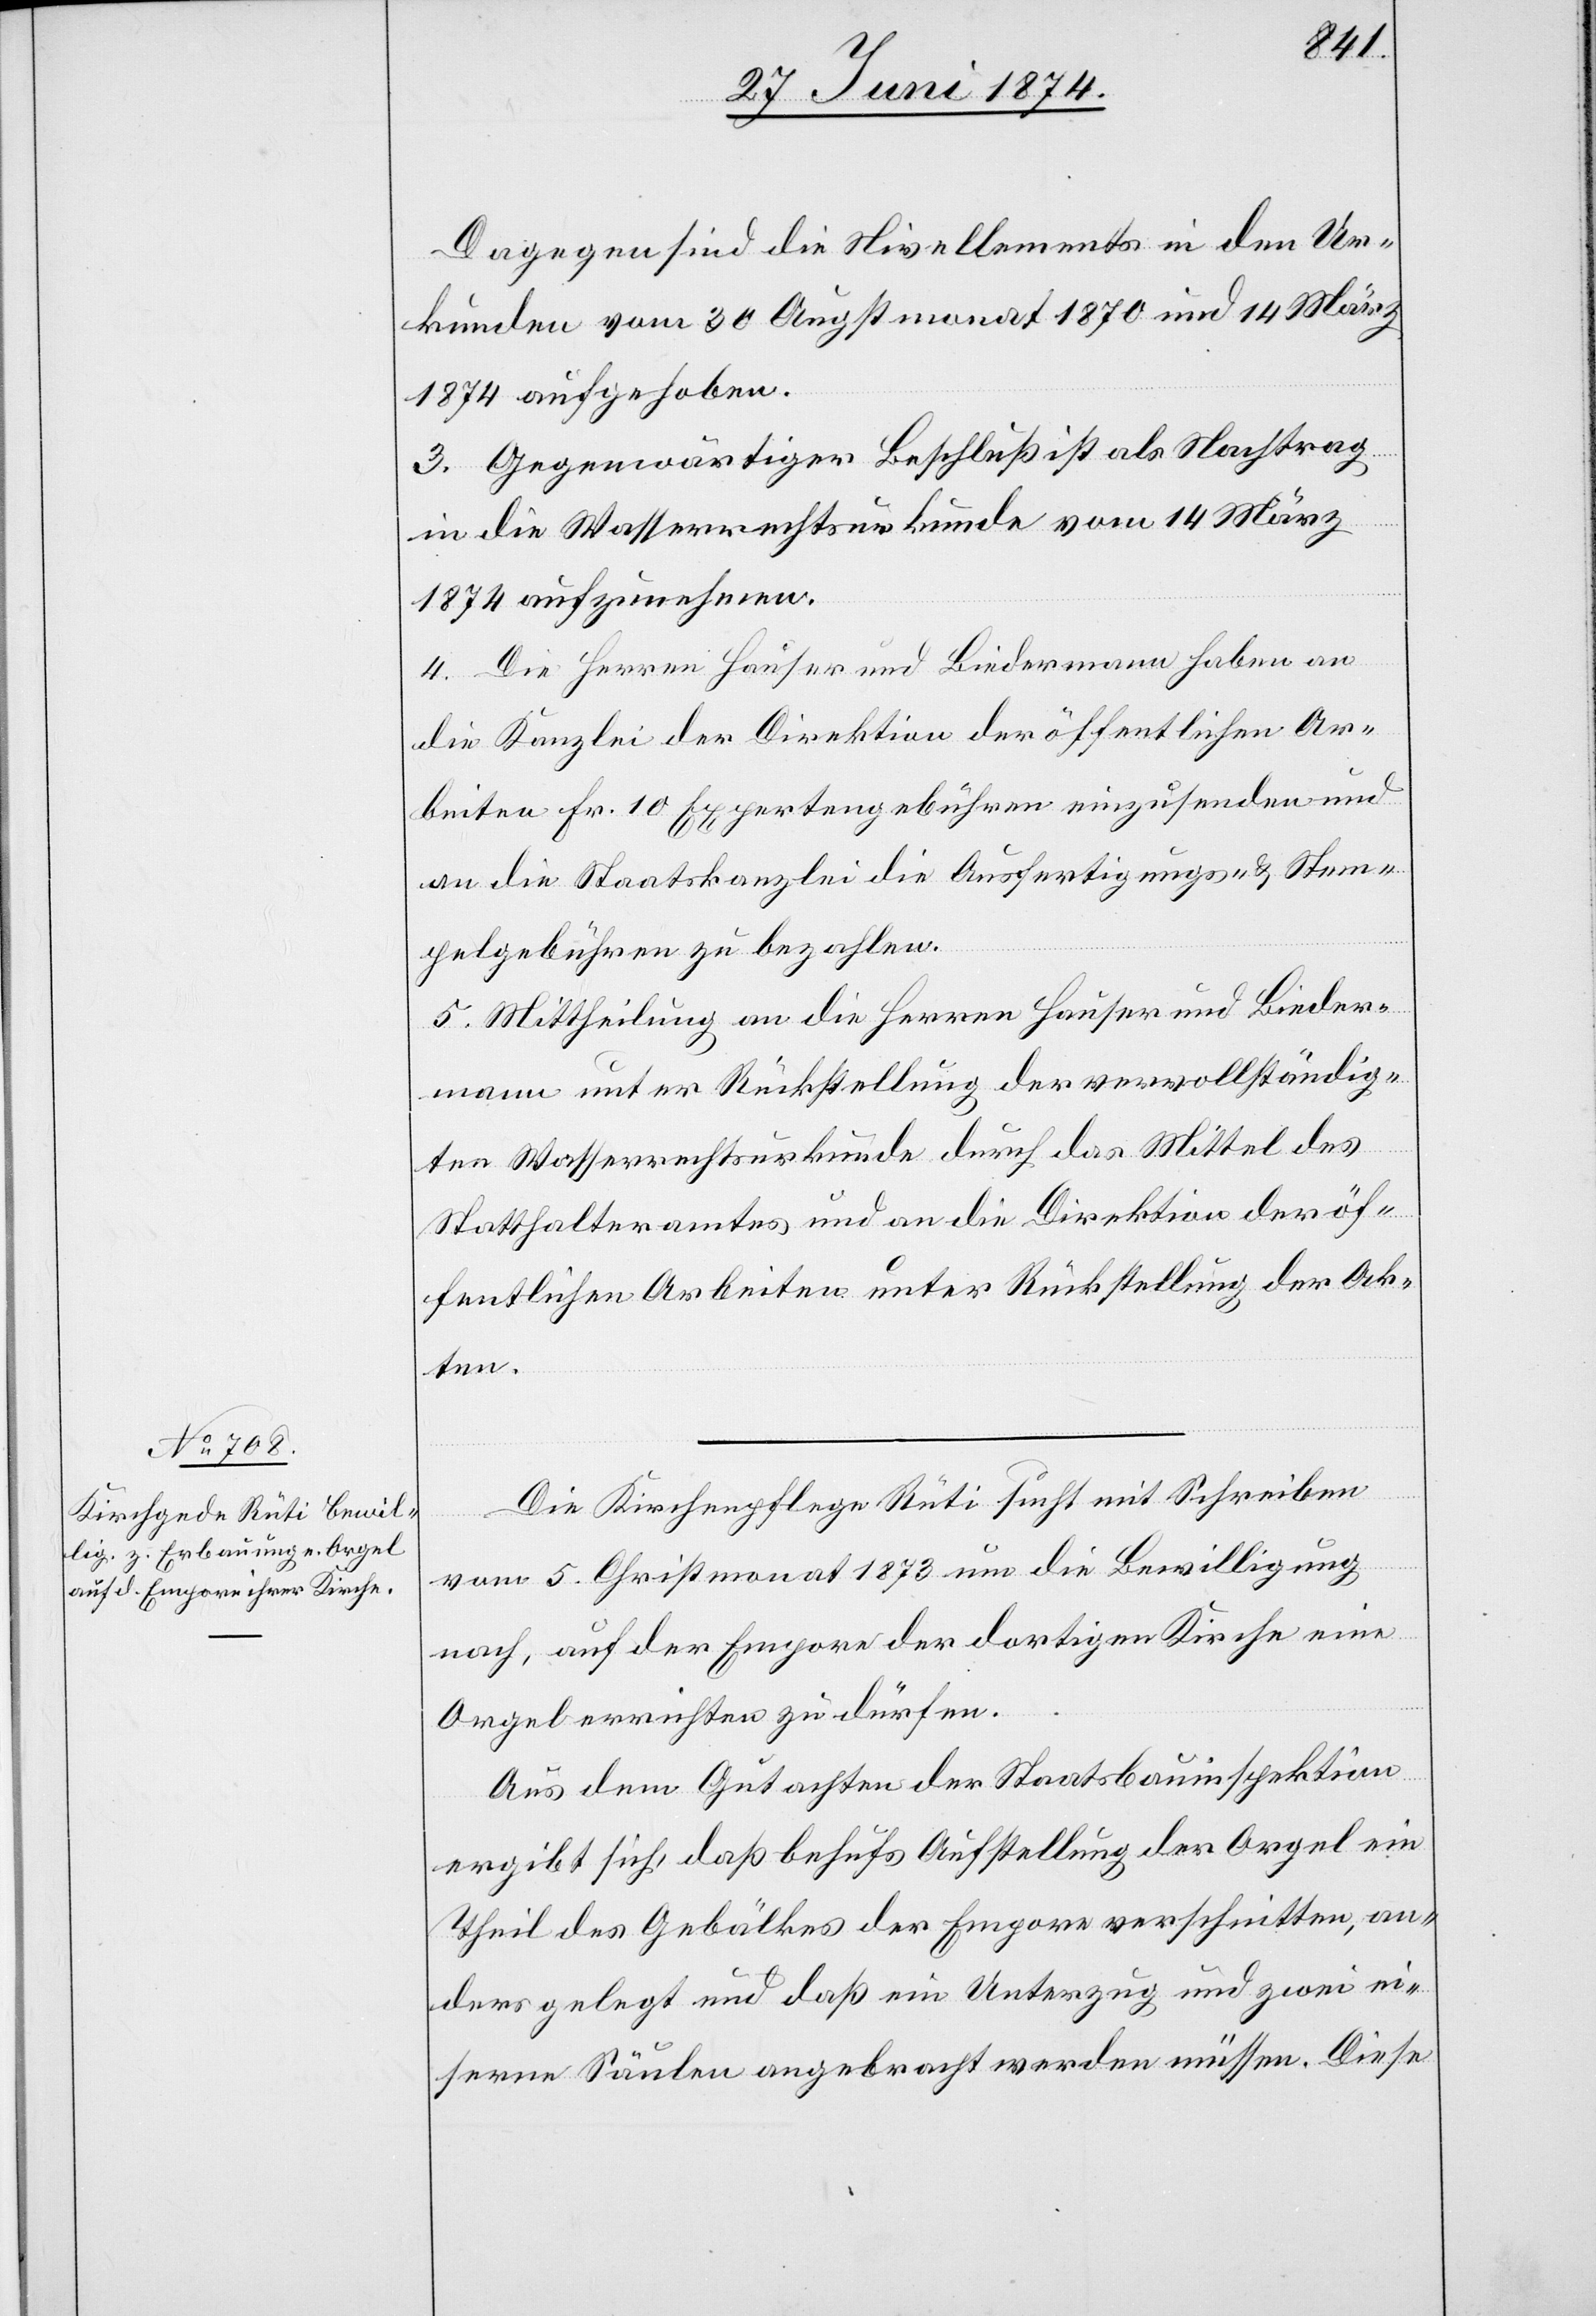
Dagegen sind die Nivellements in den Ur¬
kunden vom 30. Augstmonat 1870 und 14. März
1874 aufgehoben.
3. Gegenwärtiger Beschluß ist als Nachtrag
in die Wasserrechtsurkunde vom 14. März
1874 aufzunehmen.
4. Die Herren Hauser und Biedermann haben an
die Kanzlei der Direktion der öffentlichen Ar¬
beiten Fr. 10 Expertengebühren einzusenden und
an die Staatskanzlei die Ausfertigungs- u. Stem¬
pelgebühren zu bezahlen.
5. Mittheilung an die Herren Hauser und Bieder¬
mann unter Rückstellung der vervollständig¬
ten Wasserrechtsurkunde durch das Mittel des
Statthalteramtes und an die Direktion der öf¬
fentlichen Arbeiten unter Rückstellung der Ak¬
ten.
Die Kirchenpflege Rüti sucht mit Schreiben
vom 5. Christmonat 1873 um die Bewilligung
nach, auf der Empore der dortigen Kirche eine
Orgel errichten zu dürfen.
Aus dem Gutachten der Staatsbauinspektion
ergibt sich, daß behufs Aufstellung der Orgel ein
Theil des Gebälkes der Empore verschnitten, an¬
ders gelegt und daß ein Unterzug und zwei ei¬
serne Säulen angebracht werden müssen. Diese